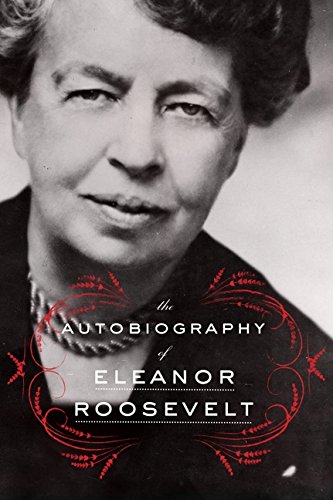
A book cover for The Autobiography of Eleanor Roosevelt; Eleanor Roosevelt; Biographies & Memoirs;